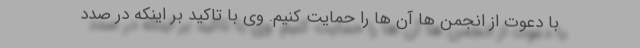
با دعوت از انجمن ها آن ها را حمایت کنیم. وی با تاکید بر اینکه در صدد